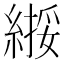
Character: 𫃸